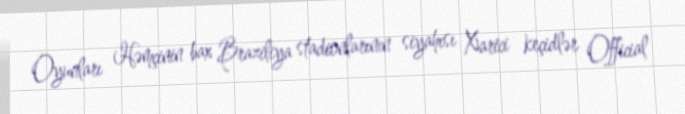
Oyunları Həmçinin bax Braziliya stadionlarının siyahısı Xarici keçidlər Official